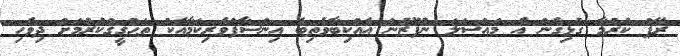
ރޭޕް ކުރުމާ ގުޅިގެން އެ މައްސަލަ ނުފޫޒުން އެއްކިބާވެތިބެ އިންސާފްވެރިކަމާއެކު ތަޙްޤީޤްކުރުމަށް ދިވެހި